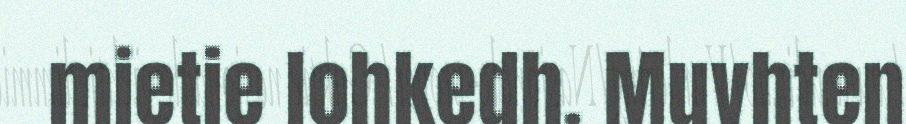
mietie lohkedh. Muvhten